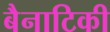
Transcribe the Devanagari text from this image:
बैनाटिकी